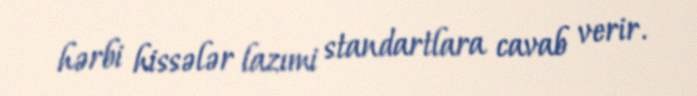
hərbi hissələr lazımi standartlara cavab verir.